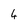
Character: 4